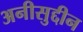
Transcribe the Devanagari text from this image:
अनीसुद्दीन